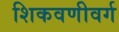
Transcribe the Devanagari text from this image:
शिकवणीवर्ग